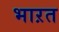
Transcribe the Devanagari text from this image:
भाऱत